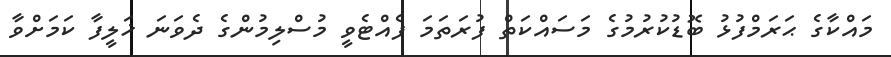
މައްކާގެ ޙަރަމްފުޅު ބޮޑުކުރުމުގެ މަސައްކަތް ފުރަތަމަ ފެއްޓެވީ މުސްލިމުންގެ ދެވަނަ ޚަލީފާ ކަމަށްވާ